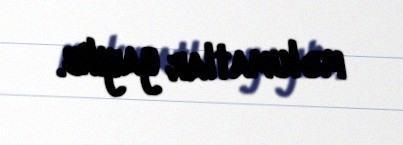
məlumatlar yayılıb.